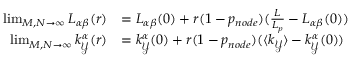
\begin{array} { r l } { \operatorname* { l i m } _ { M , N \to \infty } L _ { \alpha \beta } ( r ) } & { = L _ { \alpha \beta } ( 0 ) + r ( 1 - p _ { n o d e } ) ( \frac { L } { L _ { p } } - L _ { \alpha \beta } ( 0 ) ) } \\ { \operatorname* { l i m } _ { M , N \to \infty } k _ { \mathcal { Y } } ^ { \alpha } ( r ) } & { = k _ { \mathcal { Y } } ^ { \alpha } ( 0 ) + r ( 1 - p _ { n o d e } ) ( \langle k _ { \mathcal { Y } } \rangle - k _ { \mathcal { Y } } ^ { \alpha } ( 0 ) ) } \end{array}